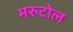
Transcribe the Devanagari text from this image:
मरुटोल